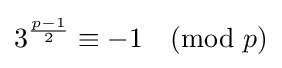
3^{\frac {p-1}{2}}\equiv -1{\pmod {p}}